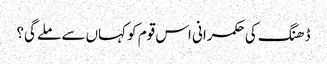
ڈھنگ کی حکمرانی اس قوم کو کہاں سے ملے گی؟